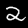
Label: 2